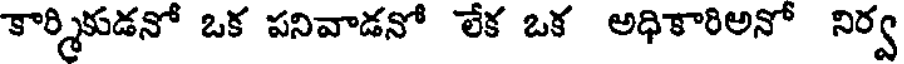
కార్మికుడనో ఒక పనివాడనో లేక ఒక అధికారిఅనో నిర్వ